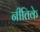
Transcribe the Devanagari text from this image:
नीतिके